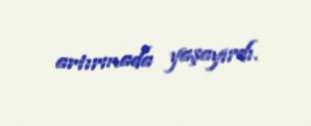
artırmada yaşayırdı.